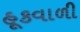
હૂકવાળી